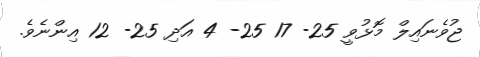
ޖުވެނައިލް މޮޅުވީ 25- 17 25- 4 އަދި 25- 12 އިންނެވެ.